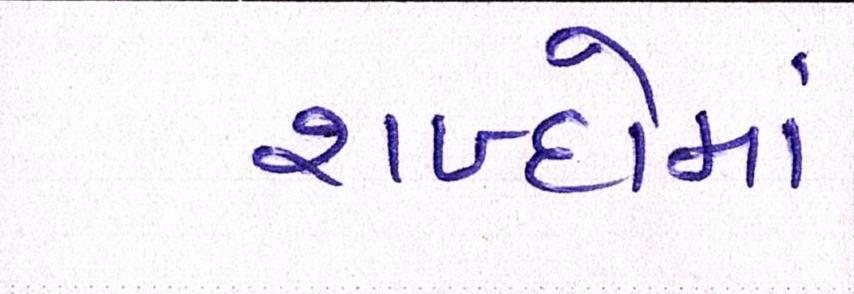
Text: શબ્દોમાં